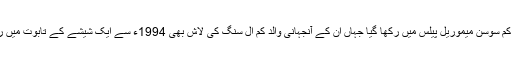
کِم کی میّت کو کُم سُوسَن میموریل پیلس میں رکھا گیا جہاں ان کے آنجہانی والد کِم اِل سُنگ کی لاش بھی 1994ء سے ایک شیشے کے تابوت میں رکھی ہوئی ہے۔